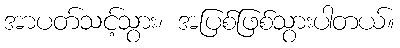
အာပတ်သင့်သွား၊ အပြစ်ဖြစ်သွားပါတယ်။